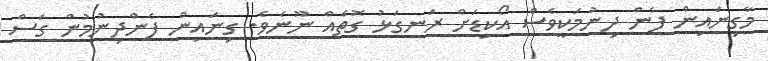
މާގިނައިން ފެން ދިނުމަކީވެސް އޯކިޑަށް ރަނގަޅު ގޮތެއް ނޫނެވެ. ގިނައިން ފެންދިނުމުން ގަސް